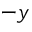
- y